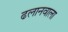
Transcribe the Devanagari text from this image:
ढलानवाला